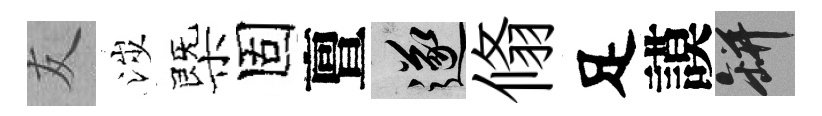
友涉㮣固亶遂翛足謨瓶